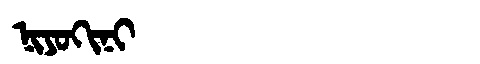
Manchu: ᠨᡳᠶᠣᡴᡳᠨᡳ
Romanization: NIYOKINI